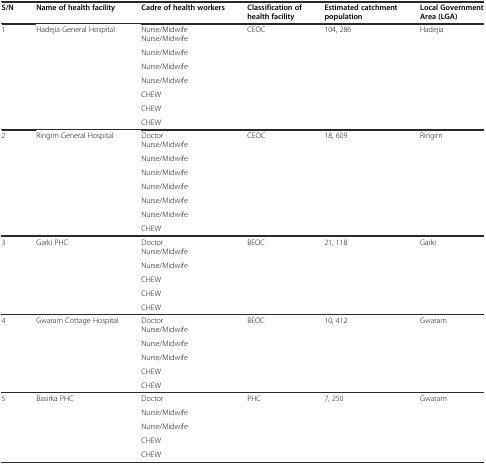
| S/N | Name of health facility | Cadre of health workers | Classification of health facility | Estimated catchment population | Local Government Area (LGA) |
 | --- | --- | --- | --- | --- | --- |
 | <ROWSPAN=8> 1 | <ROWSPAN=8> Hadejia General Hospital | Nurse/Midwife | <ROWSPAN=8> CEOC | <ROWSPAN=8> 104, 286 | <ROWSPAN=8> Hadejia |
 | Nurse/Midwife |
 | Nurse/Midwife |
 | Nurse/Midwife |
 | Nurse/Midwife |
 | CHEW |
 | CHEW |
 | CHEW |
 | <ROWSPAN=8> 2 | <ROWSPAN=8> Ringim General Hospital | Doctor | <ROWSPAN=8> CEOC | <ROWSPAN=8> 18, 609 | <ROWSPAN=8> Ringim |
 | Nurse/Midwife |
 | Nurse/Midwife |
 | Nurse/Midwife |
 | Nurse/Midwife |
 | Nurse/Midwife |
 | Nurse/Midwife |
 | CHEW |
 | <ROWSPAN=6> 3 | <ROWSPAN=6> Garki PHC | Doctor | <ROWSPAN=6> BEOC | <ROWSPAN=6> 21, 118 | <ROWSPAN=6> Garki |
 | Nurse/Midwife |
 | Nurse/Midwife |
 | CHEW |
 | CHEW |
 | CHEW |
 | <ROWSPAN=6> 4 | <ROWSPAN=6> Gwaram Cottage Hospital | Doctor | <ROWSPAN=6> BEOC | <ROWSPAN=6> 10, 412 | <ROWSPAN=6> Gwaram |
 | Nurse/Midwife |
 | Nurse/Midwife |
 | Nurse/Midwife |
 | CHEW |
 | CHEW |
 | <ROWSPAN=5> 5 | <ROWSPAN=5> Basirka PHC | Doctor | <ROWSPAN=5> PHC | <ROWSPAN=5> 7, 250 | <ROWSPAN=5> Gwaram |
 | Nurse/Midwife |
 | Nurse/Midwife |
 | CHEW |
 | CHEW |